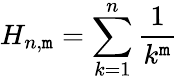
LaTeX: H_{n,\mathtt{m}}=\sum_{k=1}^{n}{\frac{{1}}{{k^{\mathtt{m}}}}}